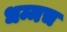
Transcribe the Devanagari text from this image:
धम्मच